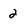
Character: 2